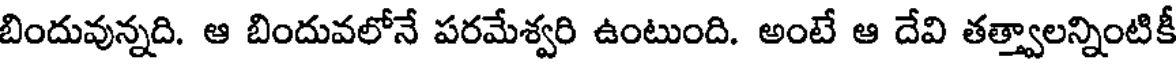
బిందువున్నది. ఆ బిందువలోనే పరమేశ్వరి ఉంటుంది. అంటే ఆ దేవి తత్త్వాలన్నింటికీ